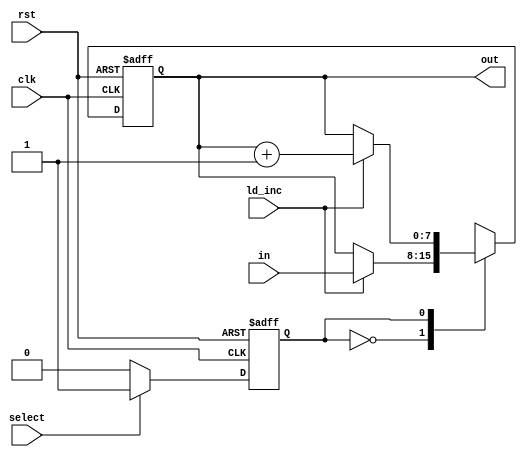
module regN #(
	parameter WIDTH=8, HIGH = WIDTH -1
)
(input clk, input rst, input [HIGH:0] in, input ld_inc, input select, output [HIGH:0] out);

reg [HIGH:0] out_next, out_reg;

localparam load = 1'b0;
localparam increment = 1'b1;

reg state_reg, state_next;

assign out = out_reg;

always @(posedge clk, negedge rst) begin
	if(!rst) begin
		out_reg <= {WIDTH{1'b0}};
		state_reg <= load;
	end 
	else begin
		out_reg <= out_next;
		state_reg <= state_next;
	end
end

always @(*) begin
	out_next = out_reg;
	state_next = state_reg;
	
	case(state_reg)
	load: 
		begin
			if(select == 1'b1) state_next = increment;
			if(ld_inc) out_next = in;
		end
	increment: 
		begin
			if(select == 1'b0) state_next = load;
			if(ld_inc) out_next = out_reg + 1'b1;
		end
	endcase
end


endmodule